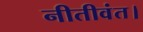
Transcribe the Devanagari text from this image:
नीतीवंत।